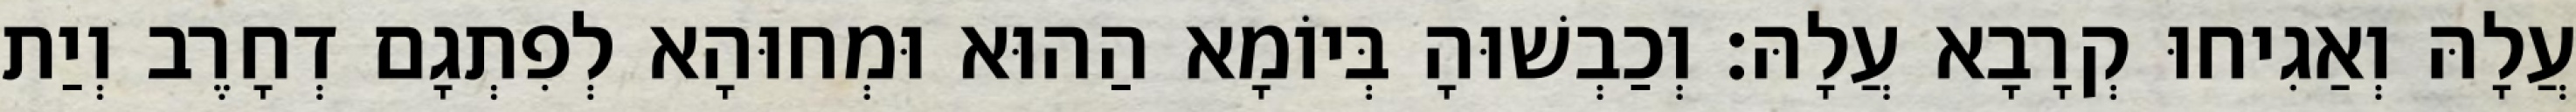
עֲלָהּ וְאַגִיחוּ קְרָבָא עֲלָהּ׃ וְכַבְשׁוּהָ בְּיוֹמָא הַהוּא וּמְחוּהָא לְפִתְגָם דְחָרֶב וְיַת